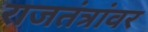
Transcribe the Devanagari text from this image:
राजतंत्रांवर